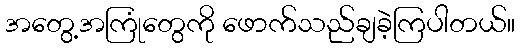
အတွေ့အကြုံတွေကို ဖောက်သည်ချခဲ့ကြပါတယ်။